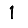
Digit: 1